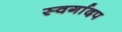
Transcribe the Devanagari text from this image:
स्वर्गादप